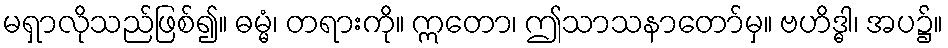
မရှာလိုသည်ဖြစ်၍။ ဓမ္မံ၊ တရားကို။ ဣတော၊ ဤသာသနာတော်မှ။ ဗဟိဒ္ဓါ၊ အပ၌။